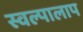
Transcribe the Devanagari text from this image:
स्वल्पालाप